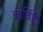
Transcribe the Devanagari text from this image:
कार्विडी